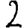
Digit: 2